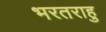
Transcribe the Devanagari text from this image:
भरतराहु